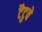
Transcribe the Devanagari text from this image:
टैटुवे